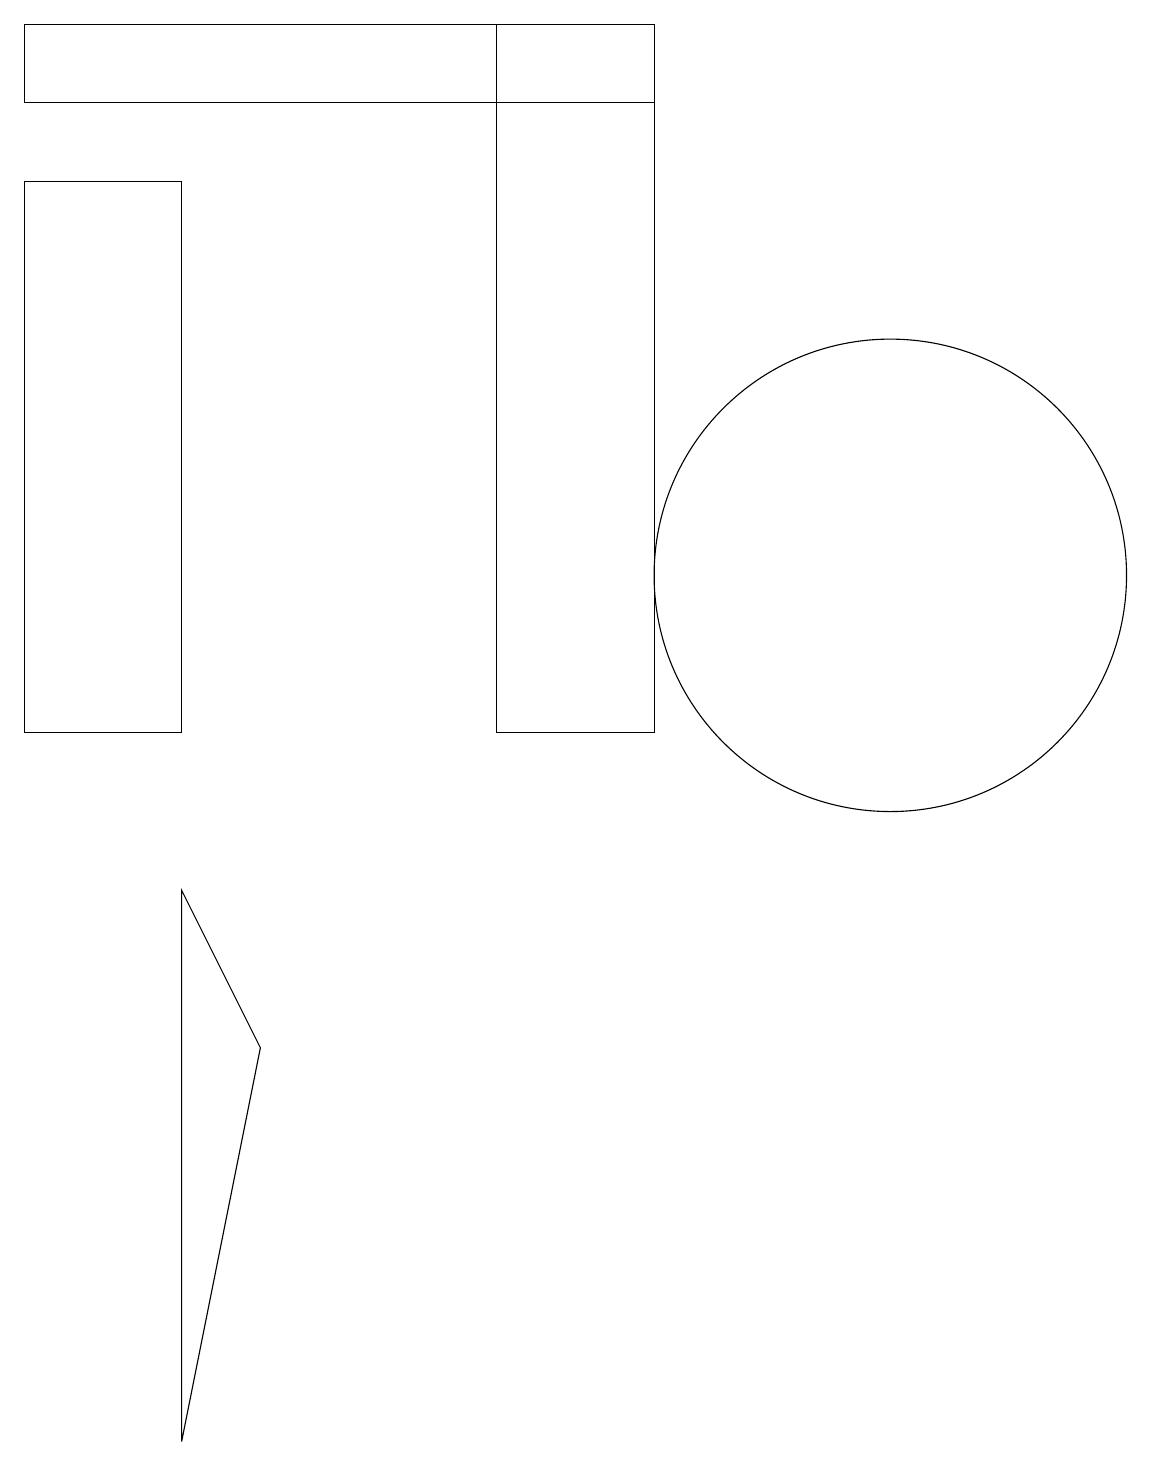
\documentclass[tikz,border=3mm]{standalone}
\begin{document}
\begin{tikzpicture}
\draw (6,19) rectangle (8,10);
\draw (0,18) rectangle (8,19);
\draw (2,8) -- (3,6) -- (2,1) -- cycle;
\draw (2,10) rectangle (0,17);
\draw (11,12) circle (3);
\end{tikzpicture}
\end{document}